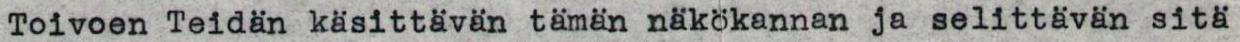
Toivoen Teidän käsittävän tämän nakökannan ja selittävän sitä